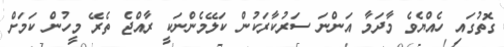
ގޮތުގައި ހެއްޔެވެ މާދަމާ އަންނަ ސަރުކާރަކުން ކަލޭމެންނަކީ ރާއްޖެ ތެރޭ މީހުން ކަމަށް